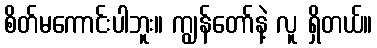
စိတ်မကောင်းပါဘူး။ ကျွန်တော်နဲ့ လူ ရှိတယ်။